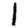
Digit: 1